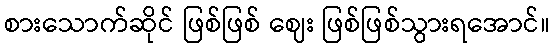
စားသောက်ဆိုင် ဖြစ်ဖြစ် ဈေး ဖြစ်ဖြစ်သွားရအောင်။